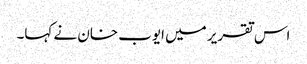
اس تقریر میں ایوب خان نے کہا۔